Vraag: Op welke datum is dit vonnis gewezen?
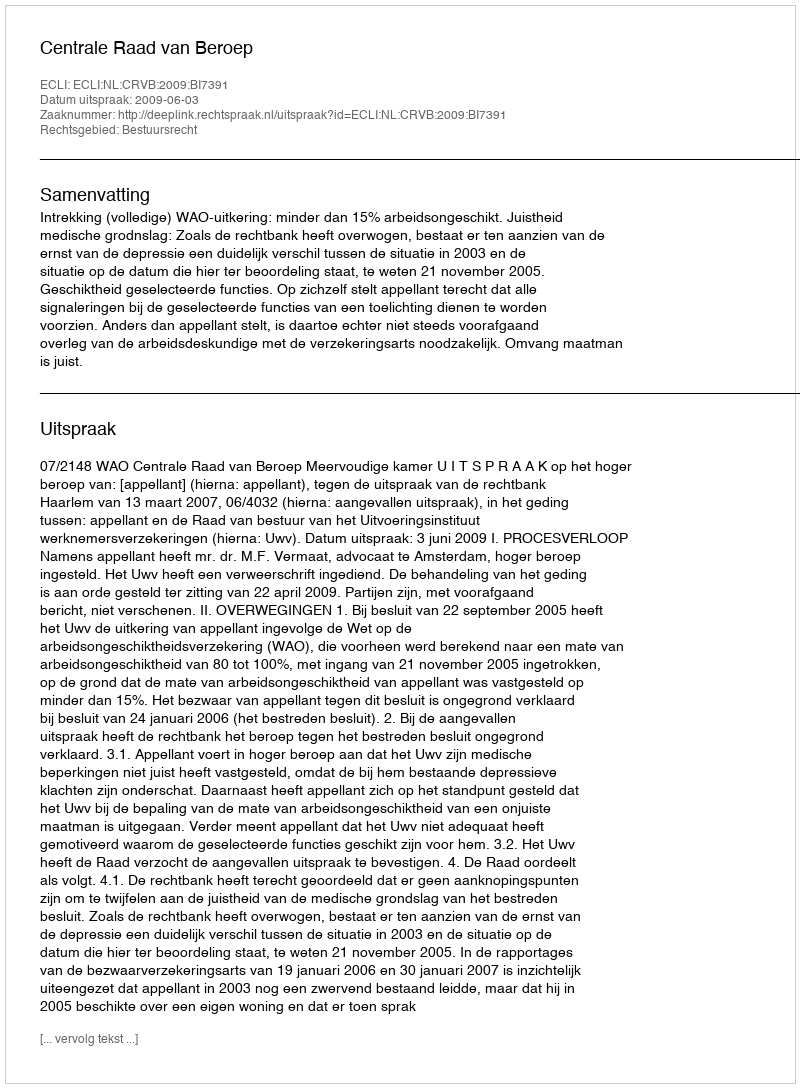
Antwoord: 2009-06-03